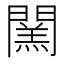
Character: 𨶅